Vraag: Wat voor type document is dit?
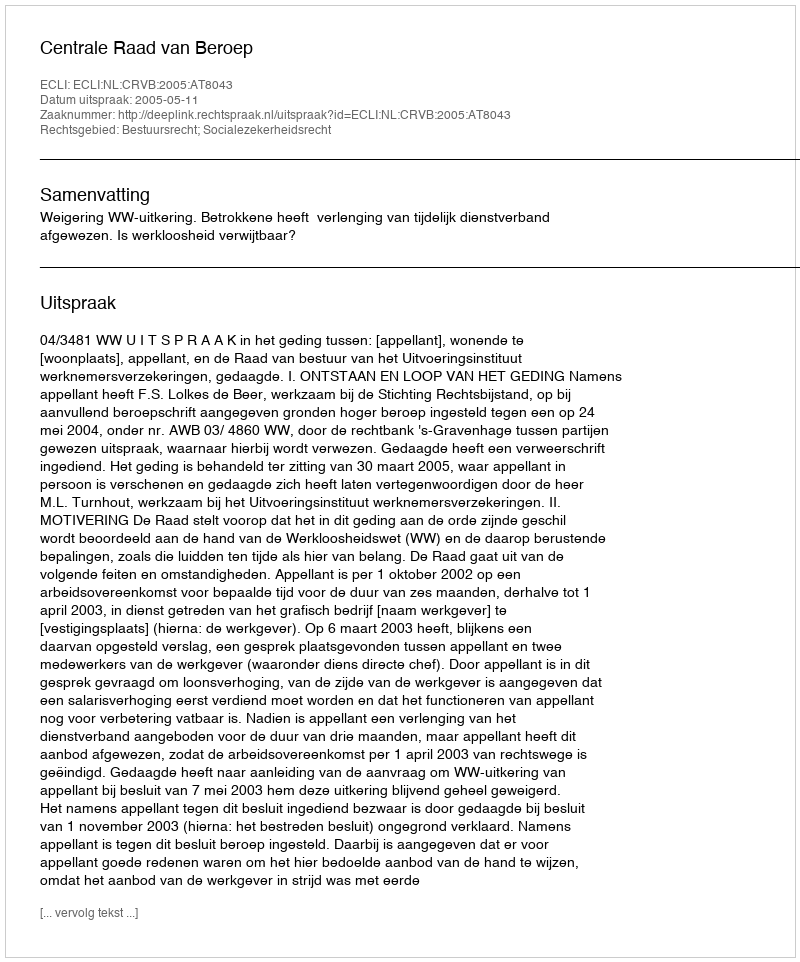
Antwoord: Uitspraak